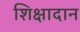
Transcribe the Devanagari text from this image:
शिक्षादान